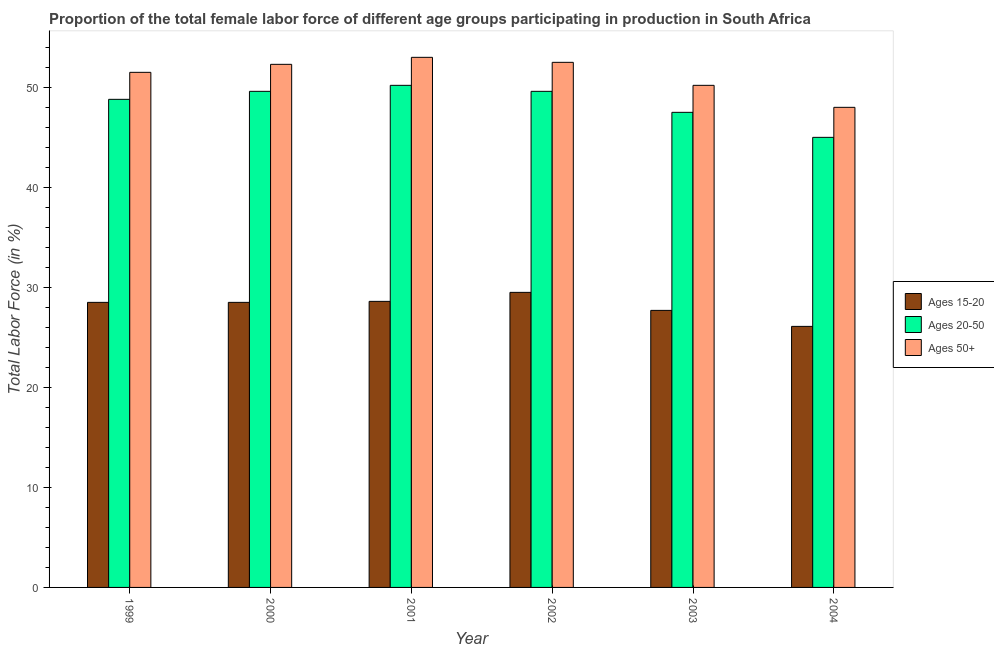
| Year | Ages 15-20 | Ages 20-50 | Ages 50+ |
 | --- | --- | --- | --- |
 | 1999 | 28.5 | 48.8 | 51.5 |
 | 2000 | 28.5 | 49.6 | 52.3 |
 | 2001 | 28.6 | 50.2 | 53 |
 | 2002 | 29.5 | 49.6 | 52.5 |
 | 2003 | 27.7 | 47.5 | 50.2 |
 | 2004 | 26.1 | 45 | 48 |